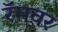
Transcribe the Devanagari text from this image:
रॅमवर